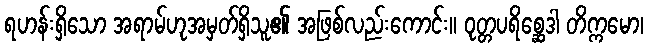
ရဟန်းရှိသော အရာမ်ဟုအမှတ်ရှိသူ၏ အဖြစ်လည်းကောင်း။ ဝုတ္တပရိစ္ဆေဒါ တိက္ကမော၊